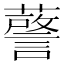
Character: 𮒘